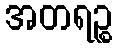
အတရဉ္စ